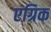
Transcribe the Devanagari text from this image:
एग्रिक